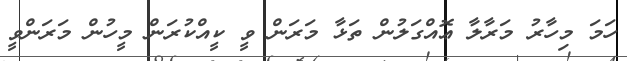
ހަމަ މިހާރު މަރާލާ ޢޮއްގަލުން ތަޅާ މަރަން ވީ ކީއްކުރަން މީހުން މަރަންވީ